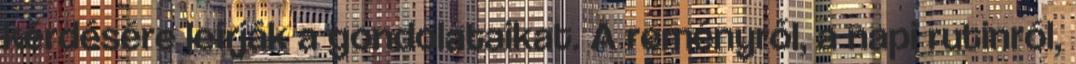
kérdésére leírják a gondolataikat. A reményről, a napi rutinról,